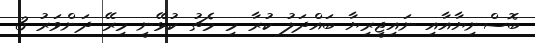
ބޮސްނިޔާއާއި ނައިޖީރިޔާ ބައްދަލު ކުރާ މި މެޗު ކުޅޭނީ މިރޭ ދަންވަރު 3